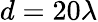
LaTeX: d=20\lambda